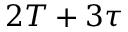
2 T + 3 \tau